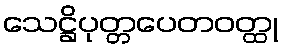
သေဋ္ဌိပုတ္တပေတဝတ္ထု